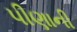
પીણાની